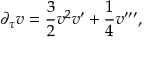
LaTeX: \partial _ { \tau } v = \frac { 3 } { 2 } v ^ { 2 } v ^ { \prime } + \frac { 1 } { 4 } v ^ { \prime \prime \prime } ,